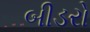
બીડરો